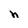
Character: h